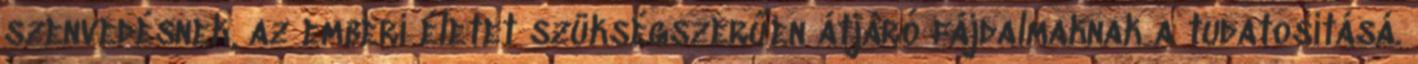
szenvedésnek, az emberi életet szükségszerűen átjáró fájdalmaknak a tudatosításá.